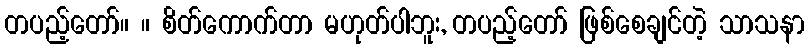
တပည့်တော်။ ။ စိတ်ကောက်တာ မဟုတ်ပါဘူး, တပည့်တော် ဖြစ်စေချင်တဲ့ သာသနာ